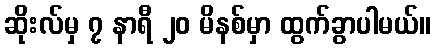
ဆိုးလ်မှ ၇ နာရီ ၂၀ မိနစ်မှာ ထွက်ခွာပါမယ်။